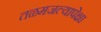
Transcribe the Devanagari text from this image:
तळमजल्यापेक्षा